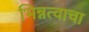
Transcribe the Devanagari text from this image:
भिन्नत्वाचा